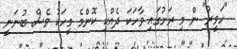
"ހަވީރު" ން މި ރަށުގައި ވާހަކަ ދެއްކި ކޮންމެ މީހަކު ވެސް ބުނަނީ